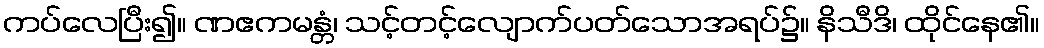
ကပ်လေပြီး၍။ ဏဧကမန္တံ၊ သင့်တင့်လျောက်ပတ်သောအရပ်၌။ နိသီဒိ၊ ထိုင်နေ၏။